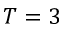
T = 3